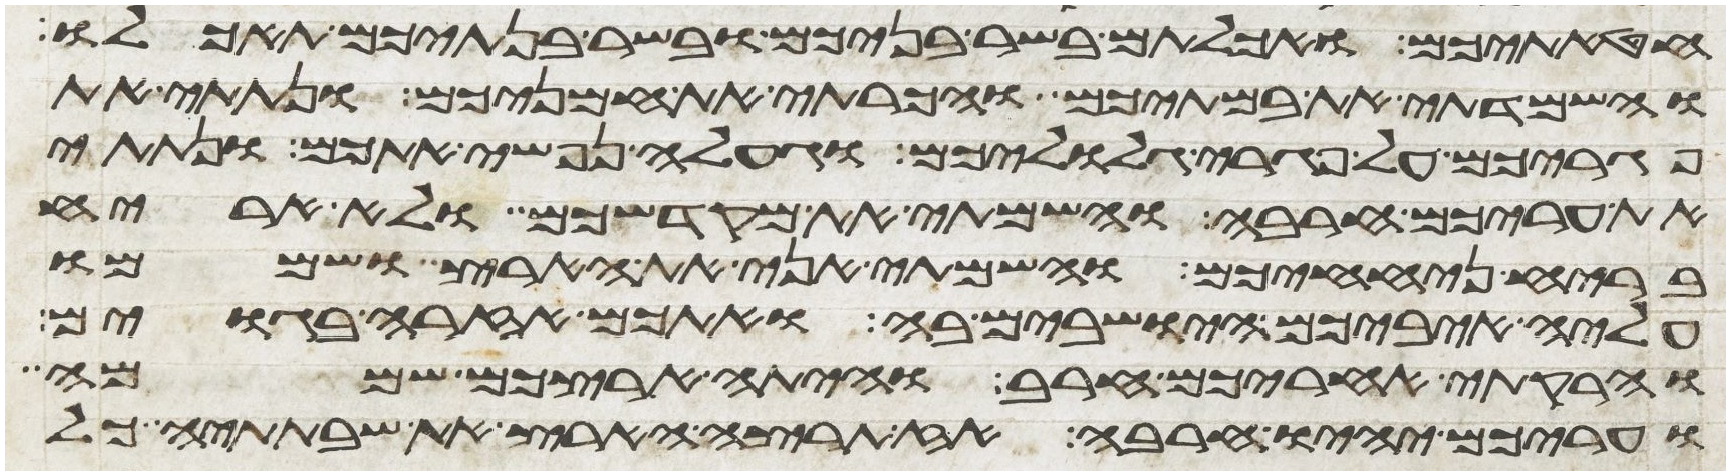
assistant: חטאתיכם ואכלתם בשר בניכם ובשר בנתיכם תאכלו
והשמדתי את במתיכם והכרתי את חמניכם ונתתי את
פגריכם על פגרי גלוליכם וגעלה נפשי אתכם ונתתי
את עריכם חרבה והשמתי את מקדשכם ולא אריח
בריח ניחחכם והשמתי אני את הארץ ושממו
עליה איביכם הישבים בה ואתכם אזרה בגוים
והרקתי אחריכם חרב והיתה ארצכם שממה
ועריכם יהיו חרבה אז תרצה הארץ את שבתתיה כל